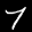
Label: 7